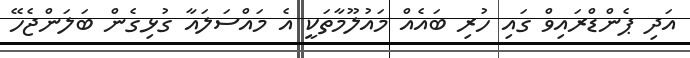
އަދި ޕެންޑްރައިވް ގައި ހުރި ބައެއް މައުލޫމާތަކީ އެ މައްސަލައާ ގުޅިގެން ބަލަންޖެހޭ